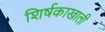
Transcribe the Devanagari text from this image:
शिर्षकाखाली